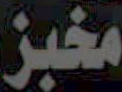
مخبز